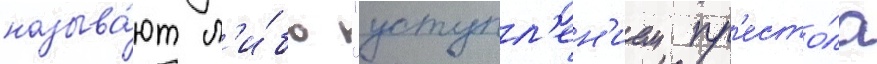
называ́ют л'и́бо "уступл'ен'ием пр'есто́ла